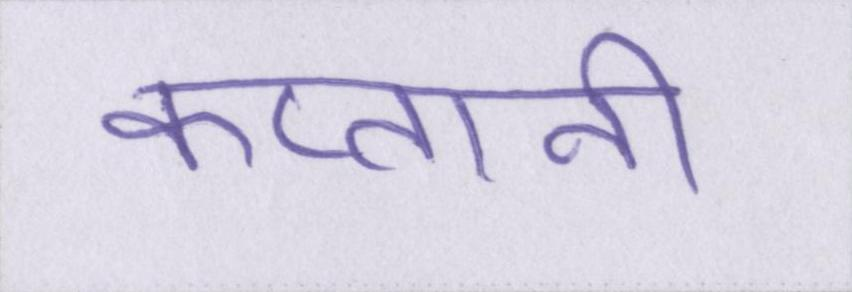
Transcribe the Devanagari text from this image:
कप्तानी